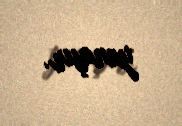
yanaşır.